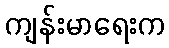
ကျန်းမာရေးက